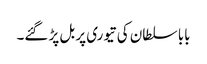
بابا سلطان کی تیوری پر بل پڑ گئے۔